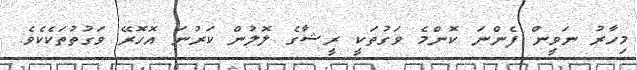
މިހާރު ނަވީން ފެންނަ ކޮންމެ ވަގުތަކީ ރީޝާގެ ލޮލުން ކަރުނަ އޮހޮރޭ ވަގުތުތަކެކެވެ.